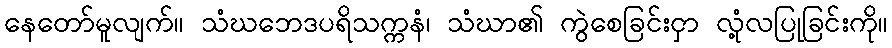
နေတော်မူလျက်။ သံဃဘေဒပရိသက္ကနံ၊ သံဃာ၏ ကွဲစေခြင်းငှာ လုံ့လပြုခြင်းကို။